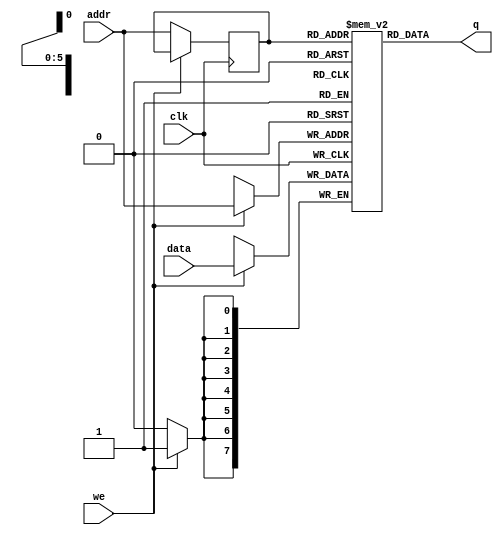
module single_port_ram(
    data,
    addr,
    we,
    clk,
    q
);

    input [7:0] data;
    input [5:0] addr; // 2^6 = 64 bytes
    input we;         // we == 1 => write and we == 0 => read
    input clk;
    output [7:0] q;

    // Declare the RAM variable
    reg [7:0] RAM [63:0];

    // address register
    reg [5:0] addr_reg;

    always @ (posedge clk) begin
        if (we) // high is to write data into RAM
            RAM[addr] <= data;
        else    // low is to read data out
            addr_reg <= addr;   // get the address value which from the outside of the module
    end

    assign q = RAM[addr_reg];   // out the data to q

endmodule